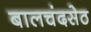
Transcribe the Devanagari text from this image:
बालचंदसेठ